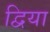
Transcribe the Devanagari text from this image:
द्विया